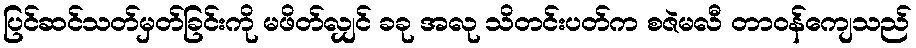
ပြင်ဆင်သတ်မှတ်ခြင်းကို မဖိတ်လျှင် ခခု အလု သိတင်းပတ်က စဇဲမလီ တာဝန်ကျေသည်